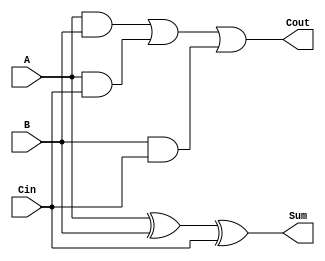
module Full_Adder (
    input A,
    input B,
    input Cin,
    output reg Sum,
    output reg Cout
);

always @*
begin
    Sum = A ^ B ^ Cin;
    Cout = (A & B) | (A & Cin) | (B & Cin);
end

endmodule